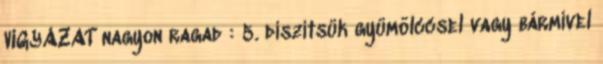
VIGYÁZAT nagyon ragad : 5. díszítsük gyümölccsel vagy bármivel